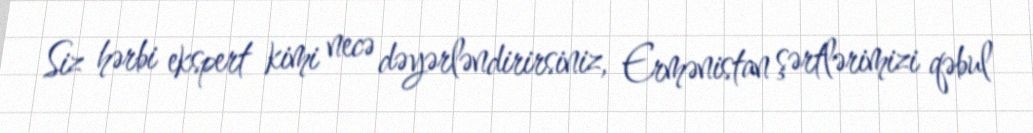
Siz hərbi ekspert kimi necə dəyərləndirirsiniz, Ermənistan şərtlərimizi qəbul